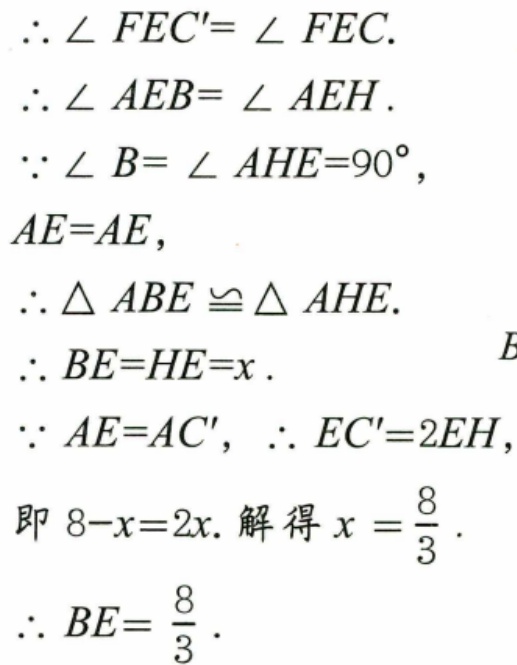
\(\therefore\angle FEC'=\angle FEC.\)
\(\therefore\angle AEB=\angle AEH.\)
\(\because\angle B = \angle AHE = 90^{\circ},\)
\(AE = AE,\)
\(\therefore\triangle ABE\cong\triangle AHE.\)
\(\therefore BE = HE=x.\)
\(\because AE = AC',\therefore EC' = 2EH,\)
即\(8 - x = 2x.\) 解得\(x=\dfrac{8}{3}.\)
\(\therefore BE=\dfrac{8}{3}.\)